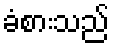
ခံစားသည်